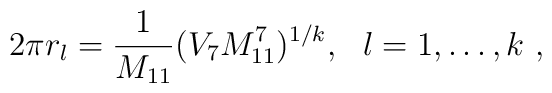
2\pi r_l = \frac{1}{M_{11}} ( V_7 M_{11}^7 )^{1/k},~~l=1, \ldots, k\ ,